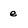
Character: e